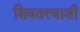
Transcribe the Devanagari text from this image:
शिवतत्त्वाशी